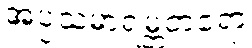
အပ္ပသမာရမ္ဘတရော